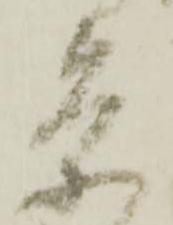
茶